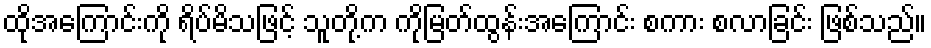
ထိုအကြောင်းကို ရိပ်မိသဖြင့် သူတို့က ကိုမြတ်ထွန်းအကြောင်း စကား စလာခြင်း ဖြစ်သည်။